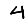
Digit: 4